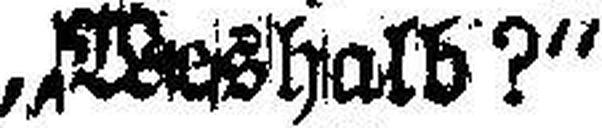
„Weshalb?“